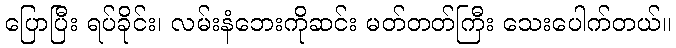
ပြောပြီး ရပ်ခိုင်း၊ လမ်းနံဘေးကိုဆင်း မတ်တတ်ကြီး သေးပေါက်တယ်။